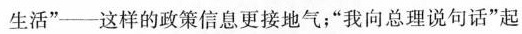
生活”——这样的政策信息更接地气；”我向总理说句话”起